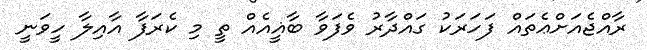
ރާއްޖެއަށްޢެތައް ފަހަރަކު ގައްދާރު ވެފަވާ ބާޣީއެއް ތީ މި ކެރަފާ އާއިލާ ހީވަނީ